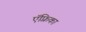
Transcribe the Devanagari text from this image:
ऍफ़्रिका